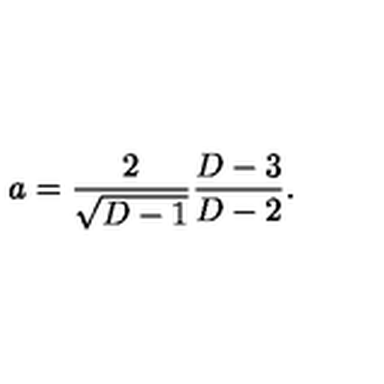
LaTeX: a = { \frac { 2 } { \sqrt { D - 1 } } } { \frac { D - 3 } { D - 2 } } .